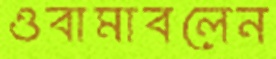
ওবামাবলেন